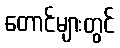
တောင်များတွင်